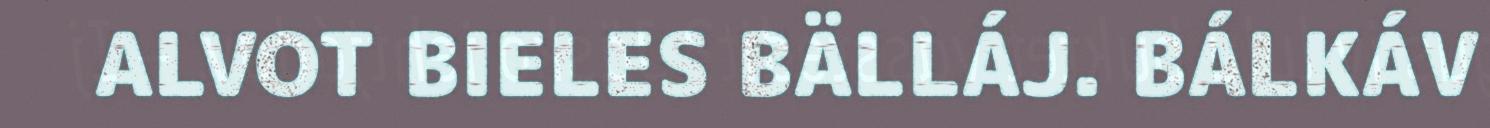
ALVOT BIELES BÄLLÁJ. BÁLKÁV